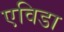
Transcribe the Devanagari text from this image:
एविडा